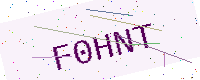
Text: F0HNT